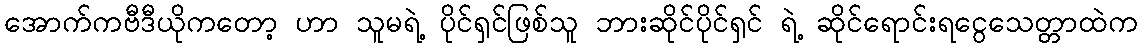
အောက်ကဗီဒီယိုကတော့ ဟာ သူမရဲ့ ပိုင်ရှင်ဖြစ်သူ ဘားဆိုင်ပိုင်ရှင် ရဲ့ ဆိုင်ရောင်းရငွေသေတ္တာထဲက